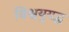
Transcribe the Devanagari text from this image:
विश्वयुयद्ध